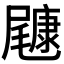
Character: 𱛂